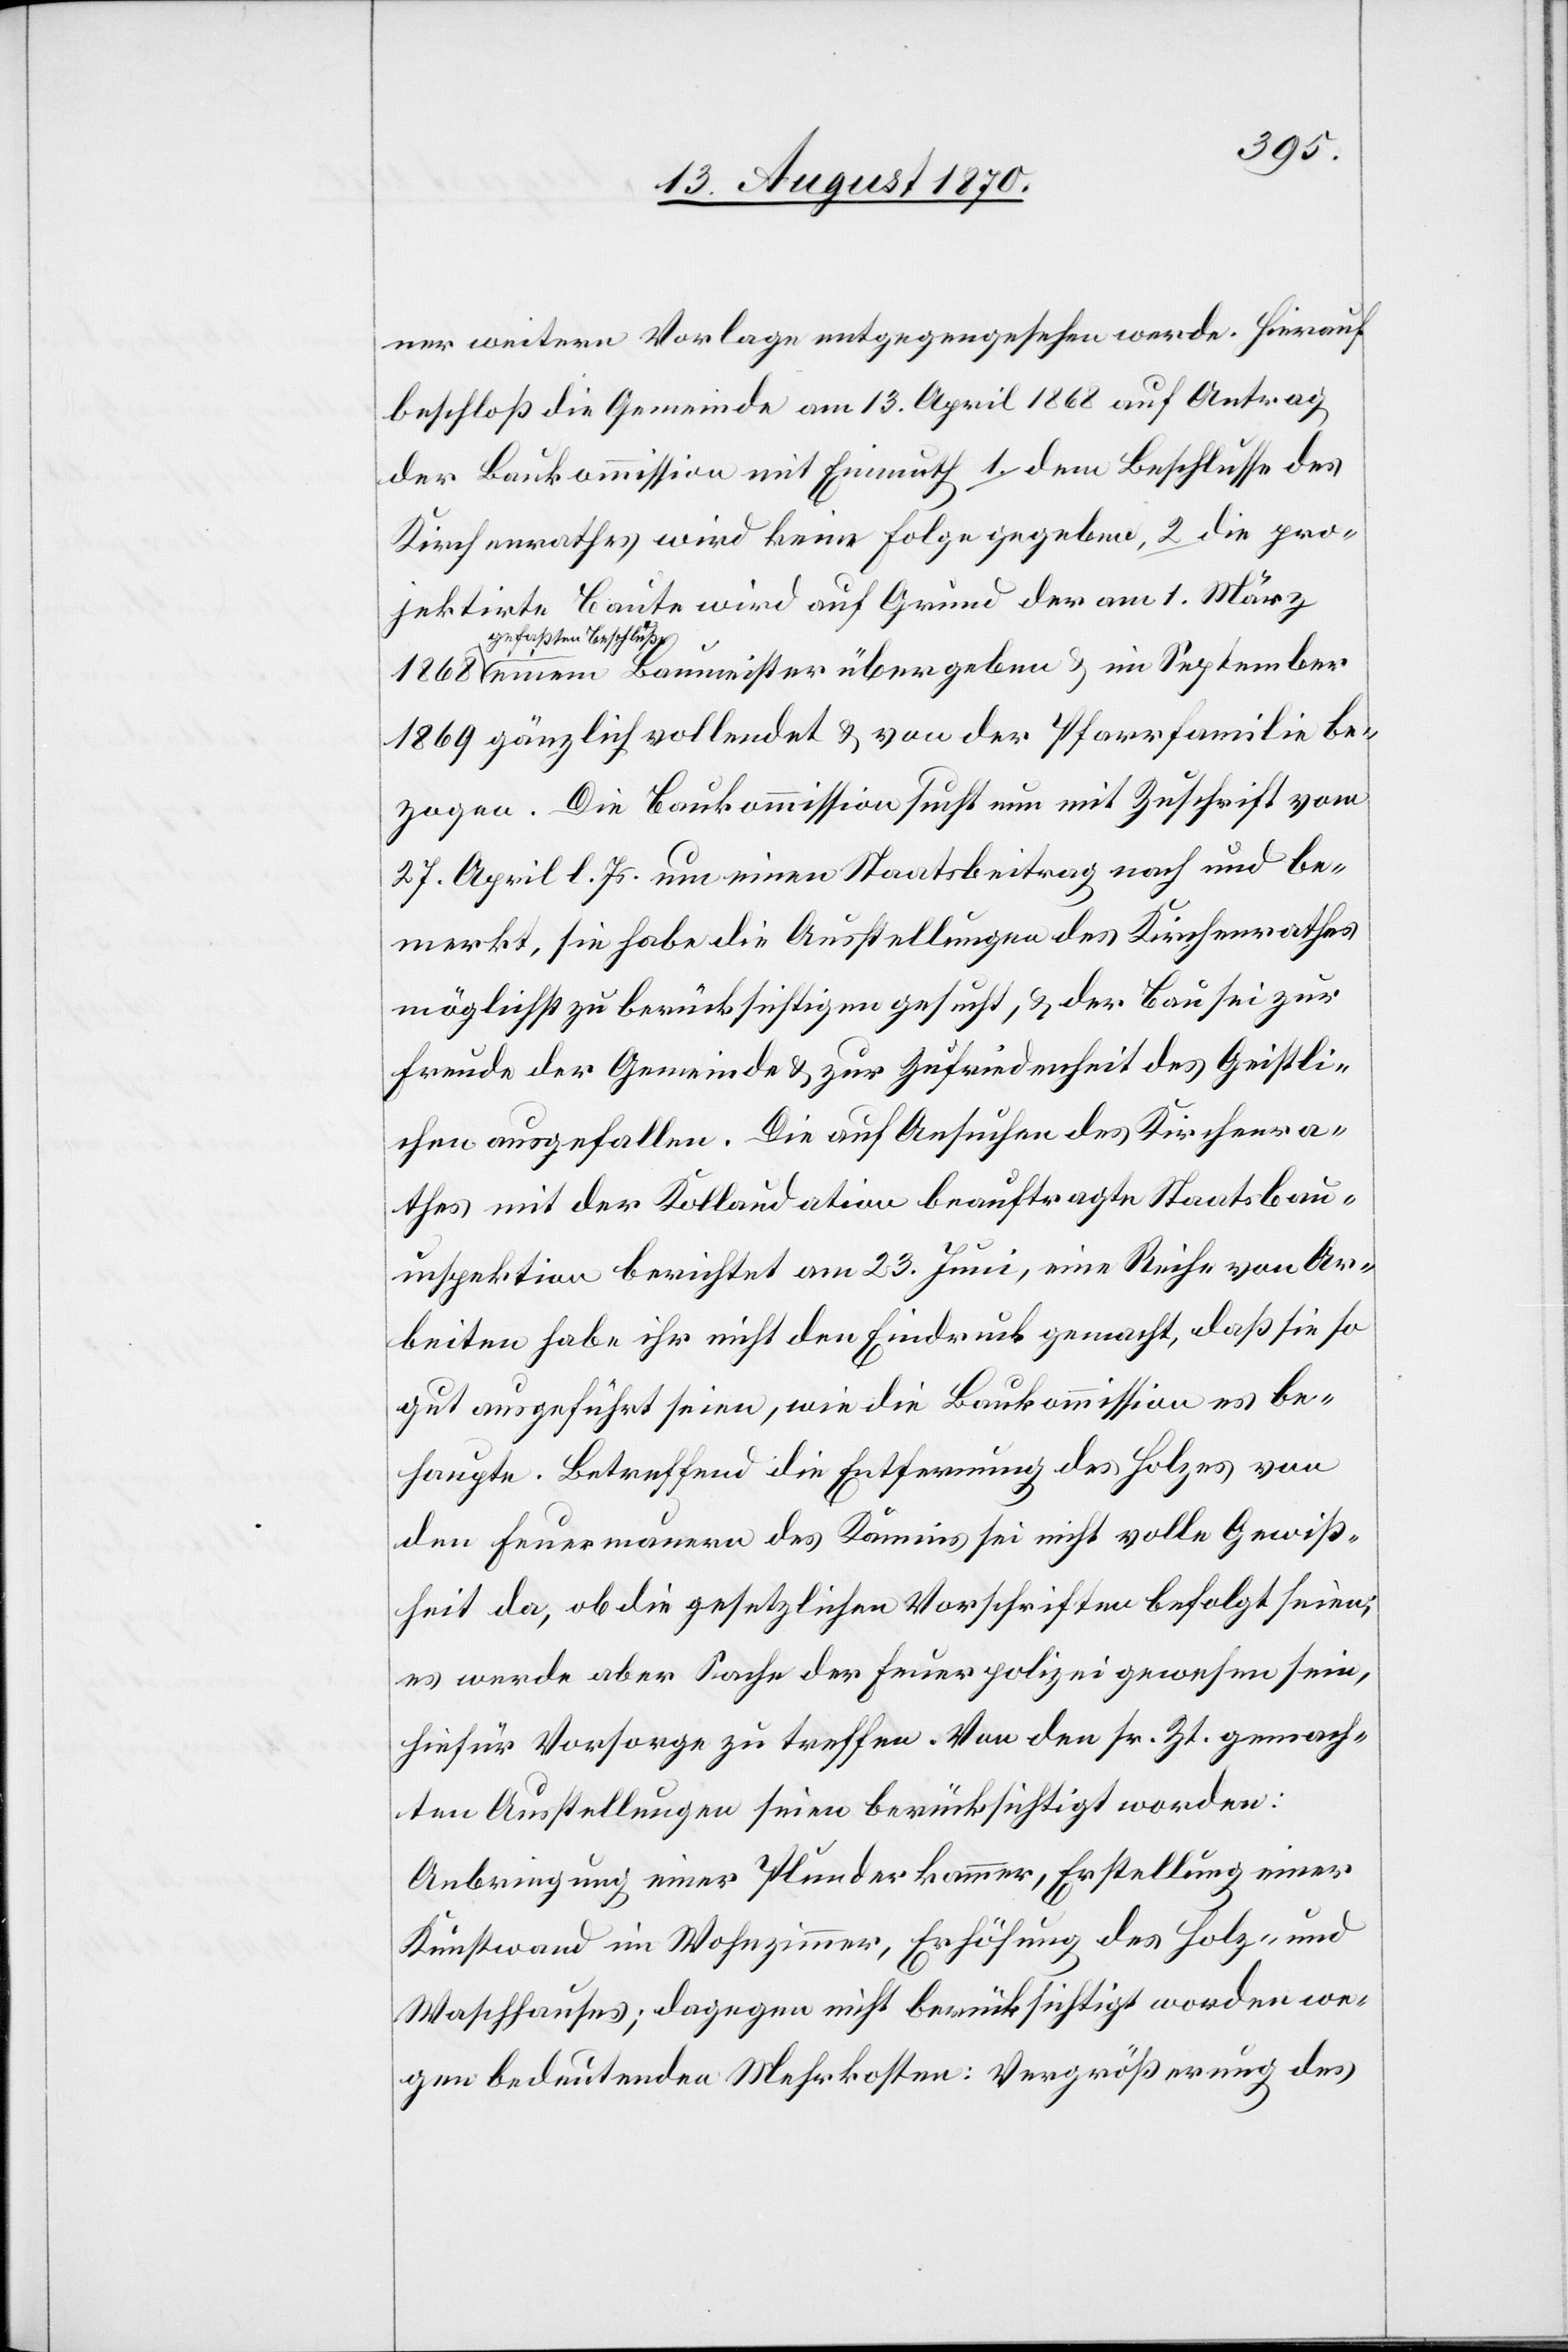
ner weitern Vorlage entgegengesehen werde. Hierauf
beschloß die Gemeinde am 13. April 1868 auf Antrag
der Baukommission mit Einmuth 1. dem Beschlusse des
Kirchenrathes wird keine Folge gegeben, 2. die pro¬
jektirte Baute wird auf Grund der am 1. März
gefaßten Beschluß
einem Baumeister übergeben & im September
1869 gänzlich vollendet & von der Pfarrfamilie be¬
zogen. Die Baukommission sucht nun mit Zuschrift vom
27. April l. Js. um einen Staatsbeitrag nach und be¬
merkt, sie habe die Ausstellungen des Kirchenrathes
möglichst zu berücksichtigen gesucht, & der Bau sei zur
Freude der Gemeinde & zur Zufriedenheit des Geistli¬
chen ausgefallen. Die auf Ansuchen des Kirchenra¬
thes mit der Kollaudation beauftragte Staatsbau¬
inspektion berichtet am 23. Juni, eine Reihe von Ar¬
beiten habe ihr nicht den Eindruck gemacht, daß sie so
gut ausgeführt seien, wie die Baukommission es be¬
haupte. Betreffend die Entfernung des Holzes von
den Feuermauern des Kamins sei nicht volle Gewiß¬
heit da, ob die gesetzlichen Vorschriften befolgt seien,
es erde aber Sache der Feuerpolizei gewesen sein,
hiefür Vorsorge zu treffen. Von den sr. Zt. gemach¬
ten Ausstellungen seien berücksichtigt worden:
Anbringung einer Plunderkammer, Erstellung einer
Kunstwand im Wohnzimmer, Erhöhung des Holz- und
Waschhauses; dagegen nicht berücksichtigt worden we¬
gen bedeutenden Mehrkosten: Vergrößerung des